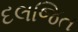
દલજિત